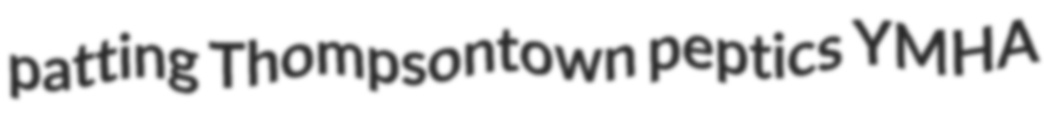
patting Thompsontown peptics YMHA